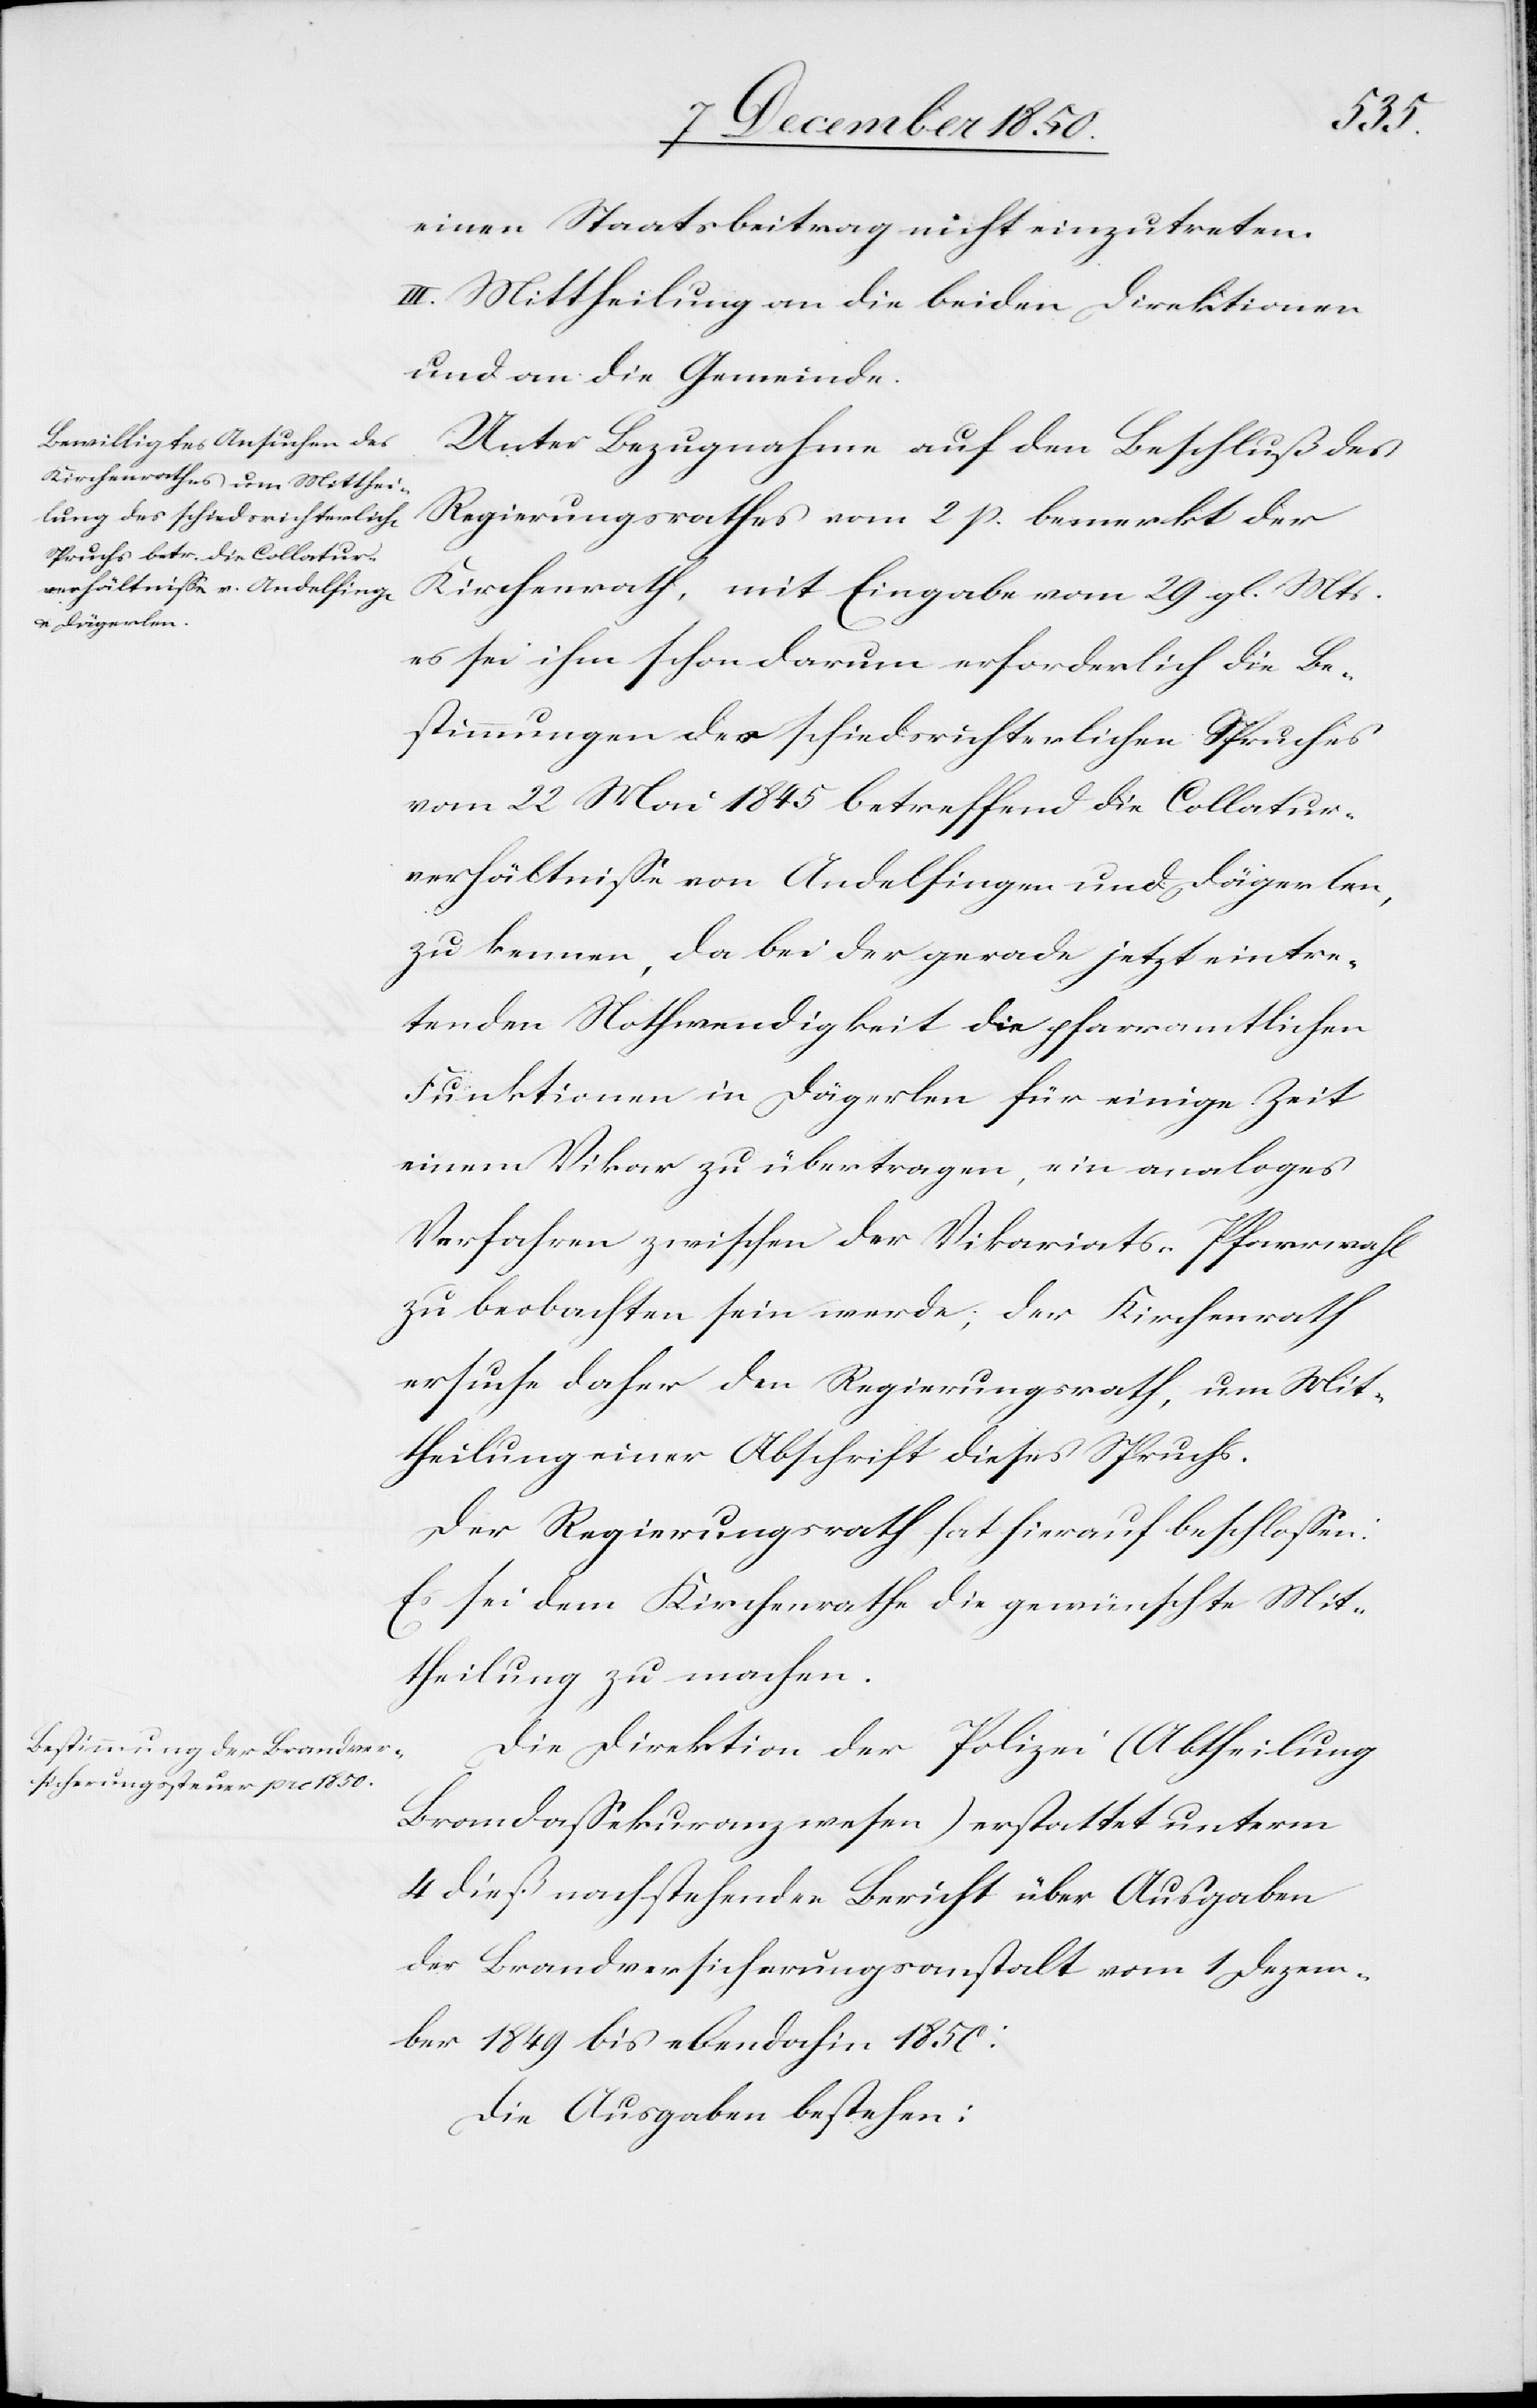
einen Staatsbeitrag nicht einzutreten.
III. Mittheilung an die beiden Direktionen
und an die Gemeinde.
Unter Bezugnahme auf den Beschluß des
Regierungsrathes vom 2 p. bemerkt der
Kirchenrath, mit Eingabe vom 29 gl. Mts.
es sei ihm schon darum erforderlich die Bes¬
timmungen des schiedsrichterlichen Spruches
vom 22 Mai 1845 betreffend die Collatur¬
verhältnisse von Andelfingen und Dägerlen,
zu kennen, da bei der gerade jetzt eintre¬
tenden Nothwendigkeit die pfarramtlichen
Funktionen in Dägerlen für einige Zeit
einem Vikar zu übertragen, ein analoges
Verfahren zwischen der Vikariats-Pfarrwahl
zu beobachten sein werde; der Kirchenrath
ersuche daher den Regierungsrath, um Mit¬
theilung einer Abschrift dieses Spruchs.
Der Regierungsrath hat hierauf beschlossen:
Es sei dem Kirchenrathe die gewünschte Mit¬
theilung zu machen.
Die Direktion der Polizei (Abtheilung
Brandassekuranzwesen) erstattet unterm
4 dieß nachstehenden Bericht über Ausgaben
der Brandversicherungsanstalt vom 1 Dezem¬
ber 1849 bis ebendahin 1850:
Die Ausgaben bestehen: